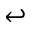
\hookleftarrow